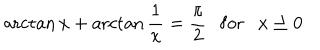
\operatorname { a r c t a n } { x } + \operatorname { a r c t a n } \frac { 1 } { x } = \frac { \pi } { 2 } \mathrm { f o r } x \ge 0